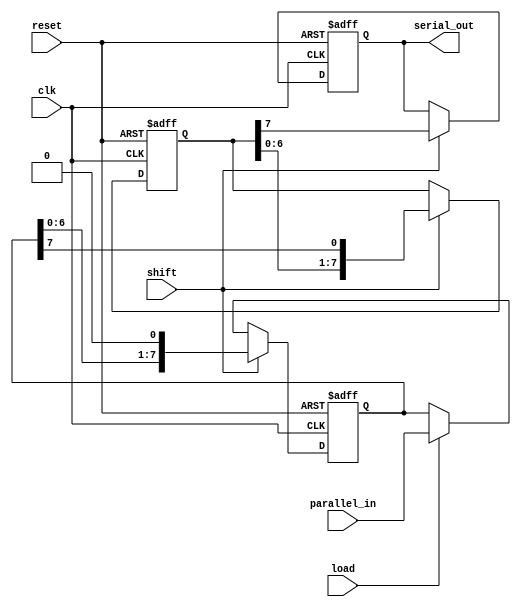
module TwoStagePISO #(
    parameter N = 8  // Width of the data
)(
    input  wire [N-1:0] parallel_in, // Parallel input data
    input  wire load,                  // Load control signal
    input  wire shift,                 // Shift control signal
    input  wire clk,                   // Clock signal
    input  wire reset,                 // Asynchronous reset signal
    output reg serial_out              // Serial output
);

    reg [N-1:0] input_stage;           // Input stage register
    reg [N-1:0] intermediate_stage;     // Intermediate stage register
    reg [3:0] bit_counter;              // Bit counter for shifting

    // Asynchronous reset
    always @(posedge clk or posedge reset) begin
        if (reset) begin
            input_stage <= {N{1'b0}};
            intermediate_stage <= {N{1'b0}};
            serial_out <= 1'b0;
            bit_counter <= 4'b0;
        end else begin
            if (load) begin
                input_stage <= parallel_in; // Load data into the input stage
                bit_counter <= 4'b0;         // Reset the bit counter
            end
            if (shift) begin
                // Shift data from input stage to intermediate stage
                intermediate_stage <= {intermediate_stage[N-2:0], input_stage[N-1]};
                serial_out <= intermediate_stage[N-1]; // Output the MSB of the intermediate stage
                input_stage <= {input_stage[N-2:0], 1'b0}; // Shift left in the input stage
                bit_counter <= bit_counter + 1; // Increment the bit counter
            end
        end
    end

endmodule